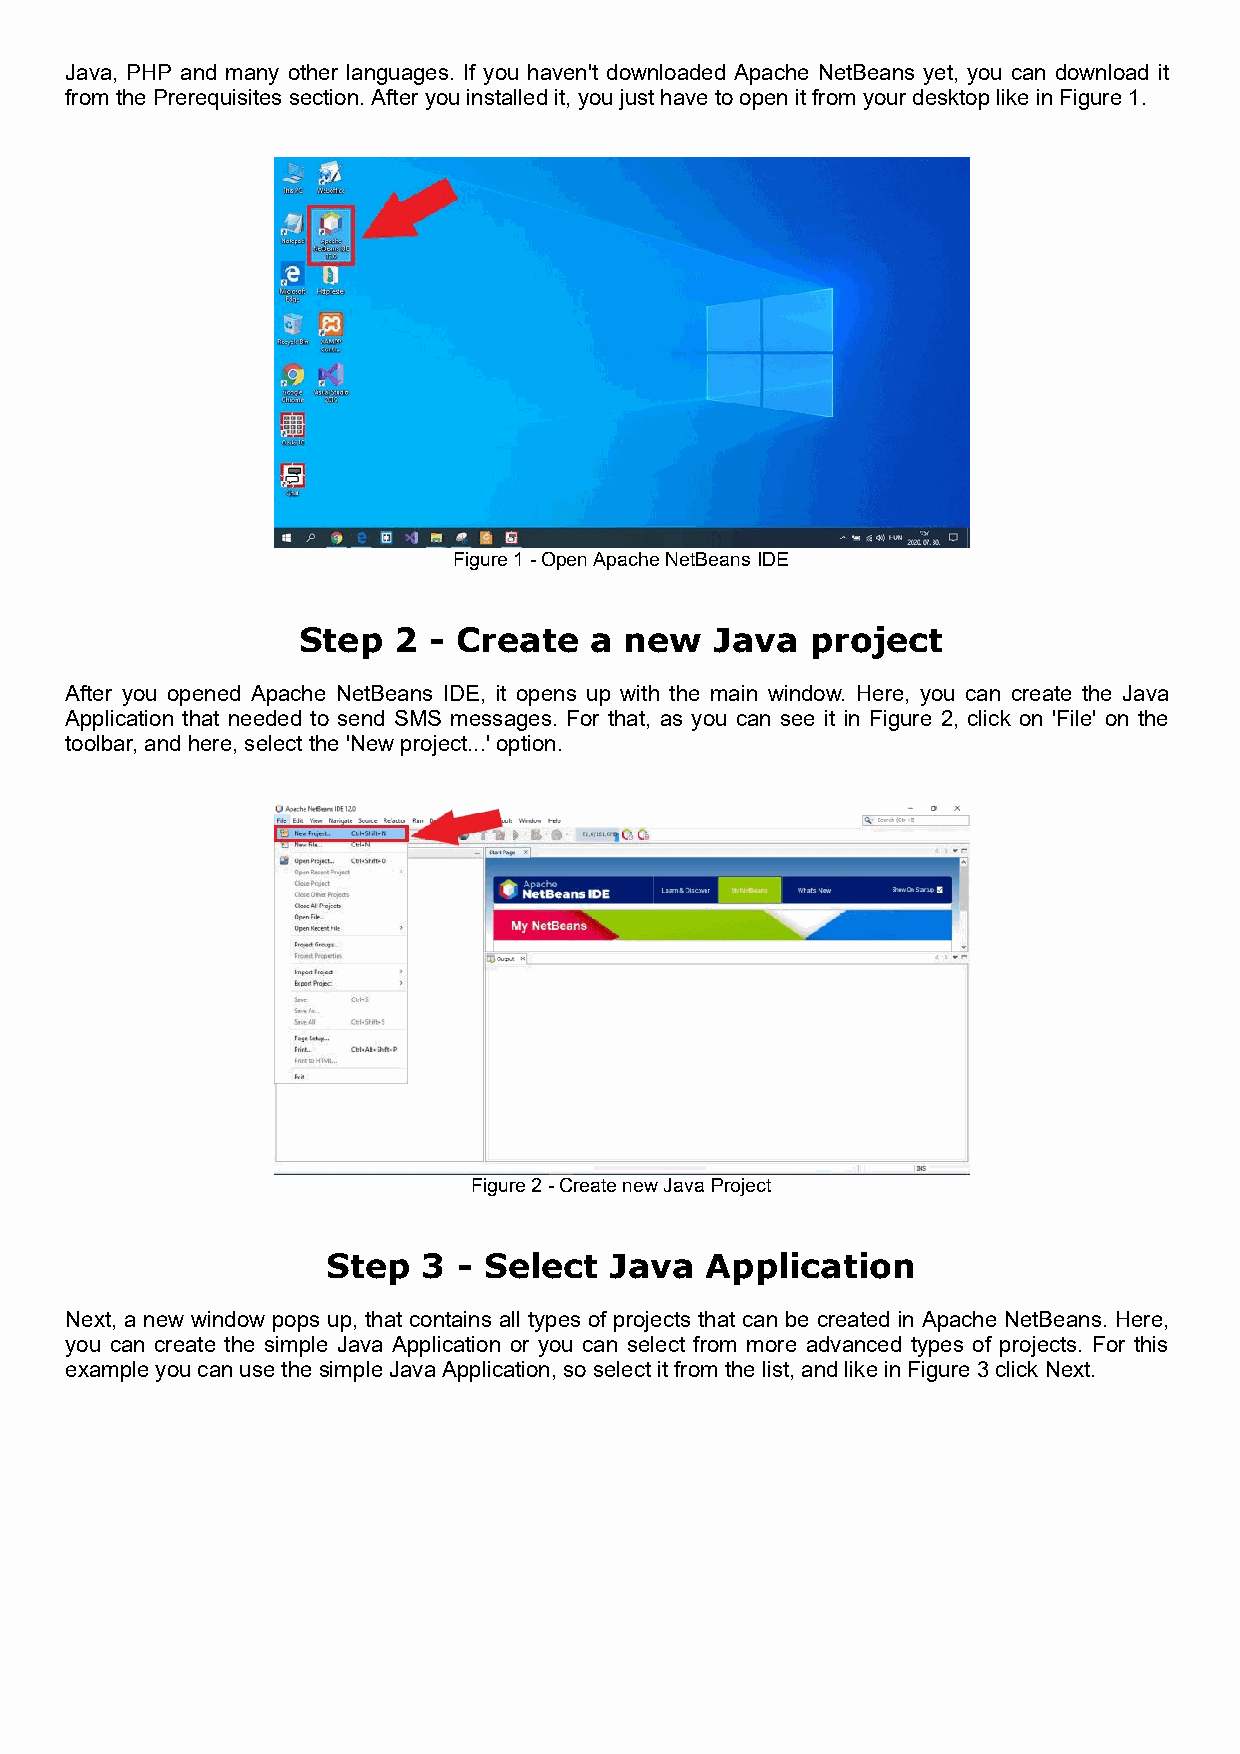
Java, PHP and many other languages. If you haven't downloaded Apache NetBeans yet, you can download it
 from the Prerequisites section. After you installed it, you just have to open it from your desktop like in Figure 1.
 Figure 1 - Open Apache NetBeans IDE
 Step  2 - Create   a new   Java   project
 After you opened Apache NetBeans IDE, it opens up with the main window. Here, you can create the Java
 Application that needed to send SMS messages. For that, as you can see it in Figure 2, click on 'File' on the
 toolbar, and here, select the 'New project...' option.
 Figure 2 - Create new Java Project
 Step  3 - Select  Java   Application
 Next, a new window pops up, that contains all types of projects that can be created in Apache NetBeans. Here,
 you can create the simple Java Application or you can select from more advanced types of projects. For this
 example you can use the simple Java Application, so select it from the list, and like in Figure 3 click Next.